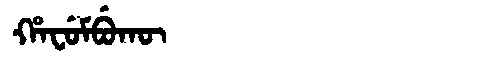
Manchu: ᡥᠠᠸᡠᠮᠪᡠᡴᡡ
Romanization: HAFUMBUKŪ